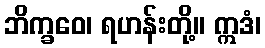
ဘိက္ခဝေ၊ ရဟန်းတို့။ ဣဒံ၊